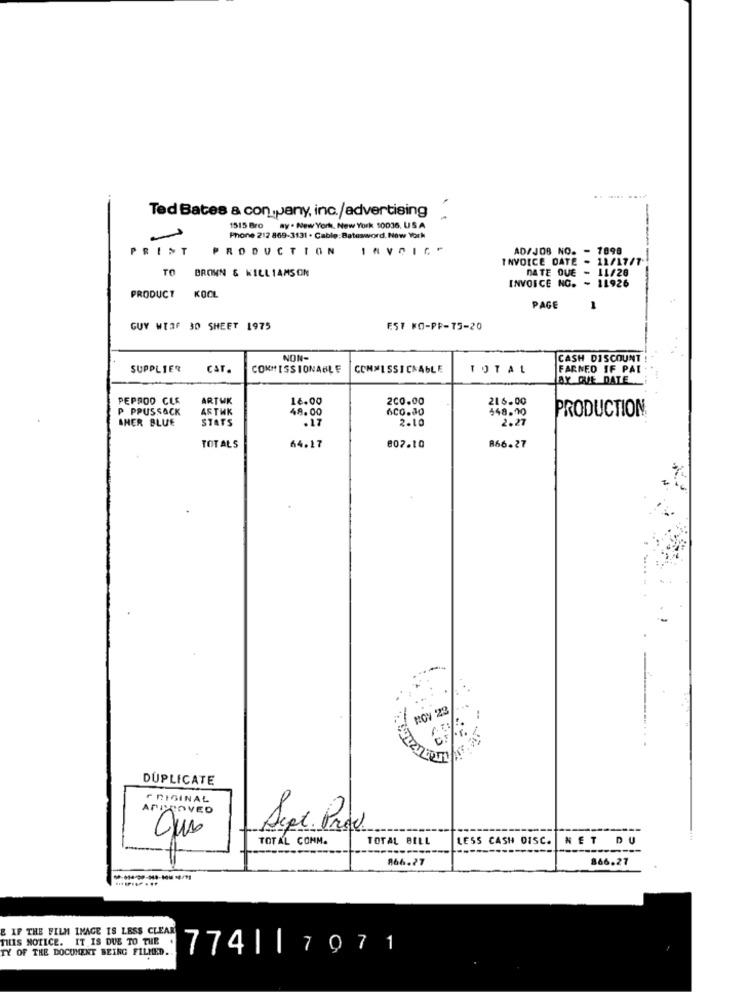
-----
Ted Bates & con pany, inc./advertising
-
1515 Bro
By - New York, New York 10036. USA
Phone 212 869-3131 . Cable:Batesword. New York
PRINT
PRODUCTION
AD/JOB NO. - 7898
INVOICE DATE - 11/17/7
-
TO BROWN & WILLIAMSON
DATE QUE
11/26
INVOICE NG. - 11926
KOCL
PRODUCT
PAGE
1
GUY WERF 30 SHEET 1975
EST KO-PF-75-20
NON
CASH DISCOUNT
SUPPLIER
CAT.
COMMISSIONABLE
COMMISSICNAGLE
TOTAL
FARNEO IF PAI
AY QUE DATE
PEPROO CLE
ARTWK
18.00
200.00
216.00
P PPUSSACK
ARTHK
48.00
6CO.80
448.70
PRODUCTION
SHER BLUE
STATS
.17
2.10
2.27
TOT ALS
64.17
802.10
866.27
BOY 23
DUPLICATE
F RIGINAL
APPROVED
Sept. Pro
----
TOTAL CONM.
TOTAL BILL
LESS CASH DISC.
NET DU
866.27
866.27
E IF THE FILM IMAGE IS LESS CLEAR
THIS NOTICE. IT IS DUE TO THE
TY OF THE DOCUMENT BEING FILMD.
774||7071